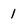
Character: 1